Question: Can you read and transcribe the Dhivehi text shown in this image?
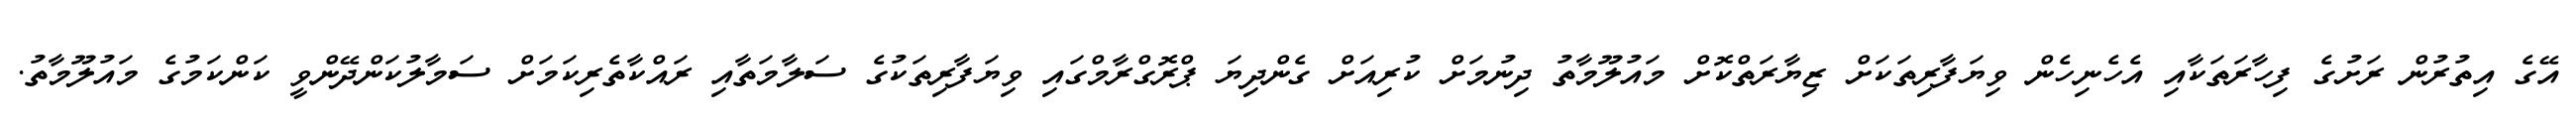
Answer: އޭގެ އިތުރުން ރަށުގެ ފިހާރަތަކާއި އެހެނިހެން ވިޔަފާރިތަކަށް ޒިޔާރަތްކޮށް މައުލޫމާތު ދިނުމަށް ކުރިއަށް ގެންދިޔަ ޕްރޮގްރާމްގައި ވިޔަފާރިތަކުގެ ސަލާމަތާއި ރައްކާތެރިކަމަށް ސަމާލުކަންދޭންވީ ކަންކަމުގެ މައުލޫމާތު.